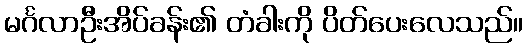
မင်္ဂလာဦးအိပ်ခန်း၏ တံခါးကို ပိတ်ပေးလေသည်။